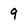
Character: 9